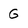
Character: G